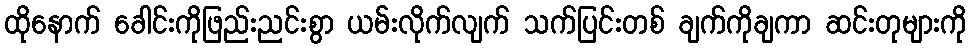
ထိုနောက် ခေါင်းကိုဖြည်းညင်းစွာ ယမ်းလိုက်လျက် သက်ပြင်းတစ် ချက်ကိုချကာ ဆင်းတုများကို